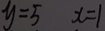
y = 5 x = 1